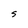
Character: S